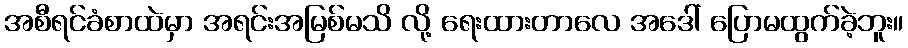
အစီရင်ခံစာထဲမှာ အရင်းအမြစ်မသိ လို့ ရေးထားတာလေ အဒေါ် ပြောမထွက်ခဲ့ဘူး။